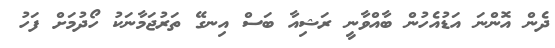
ދެން އޮންނަ އަޑުއެހުން ބާއްވާނީ ރަޝިއާ ބަސް އިނގޭ ތަރުޖަމާނަކު ހޯދުމަށް ފަހު